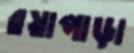
রয়াপাড়া